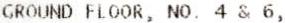
GROUND FLOOR, NO. 4 & 6,